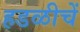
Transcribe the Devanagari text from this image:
हडळीचें